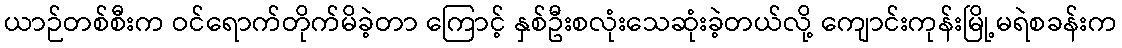
ယာဉ်တစ်စီးက ဝင်ရောက်တိုက်မိခဲ့တာ ကြောင့် နှစ်ဦးစလုံးသေဆုံးခဲ့တယ်လို့ ကျောင်းကုန်းမြို့မရဲစခန်းက